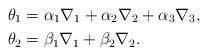
LaTeX: \begin{align*}\theta_1 & =\alpha_1 \nabla_1+ \alpha_2 \nabla_2+\alpha_3 \nabla_3, \\\theta_2 & = \beta_1 \nabla_1+ \beta_2 \nabla_2.\end{align*}